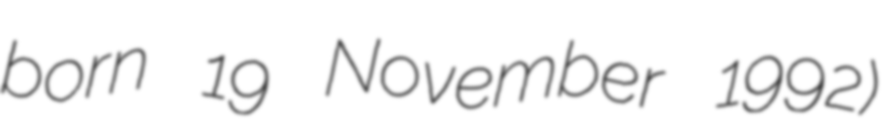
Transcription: born 19 November 1992)